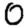
Digit: 0